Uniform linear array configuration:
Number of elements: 8
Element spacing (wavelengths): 0.5
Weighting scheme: hamming
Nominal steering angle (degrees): -30
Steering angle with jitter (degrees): -28.919
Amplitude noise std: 0.05
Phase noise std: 0.05

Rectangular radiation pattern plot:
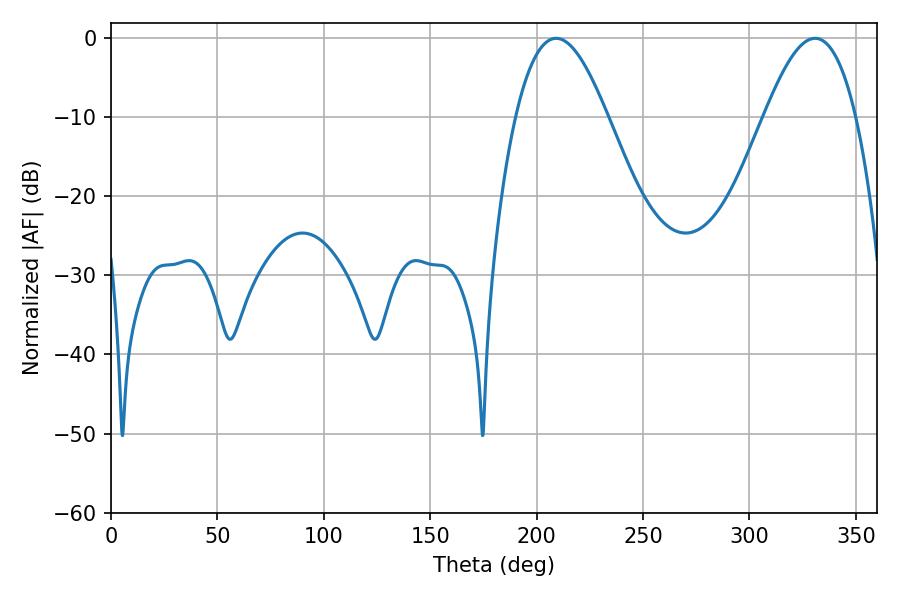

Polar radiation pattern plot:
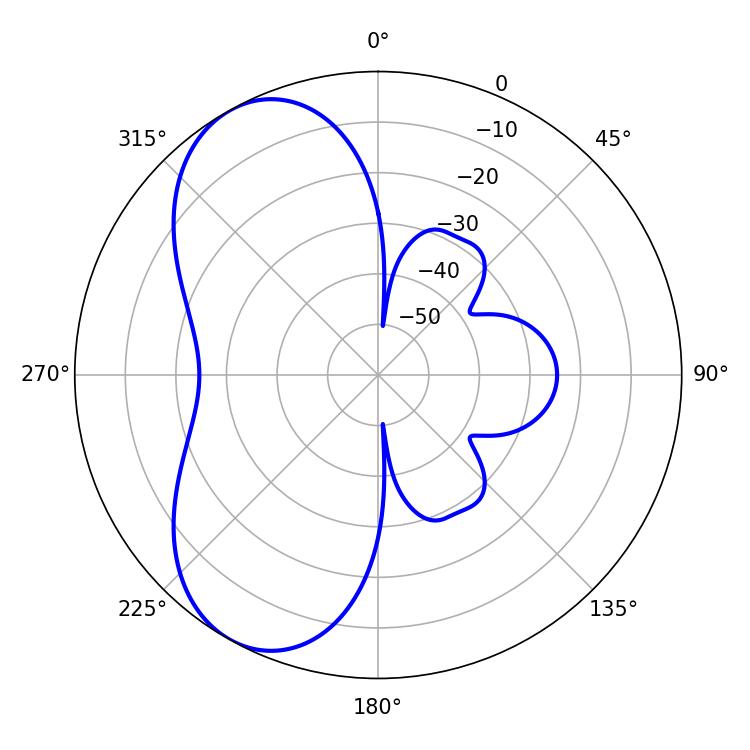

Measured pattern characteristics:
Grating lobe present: FALSE
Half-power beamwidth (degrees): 23.4
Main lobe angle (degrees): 209.16